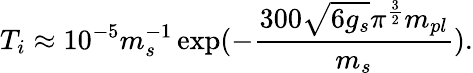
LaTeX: T_{i}\approx 10^{-5}m_{s}^{-1}\exp(-\frac{300\sqrt{6g_{s}}\pi^{\frac{3}{2}}m_{pl}}{m_{s}}).